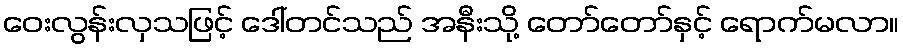
ဝေးလွန်းလှသဖြင့် ဒေါ်တင်သည် အနီးသို့ တော်တော်နှင့် ရောက်မလာ။